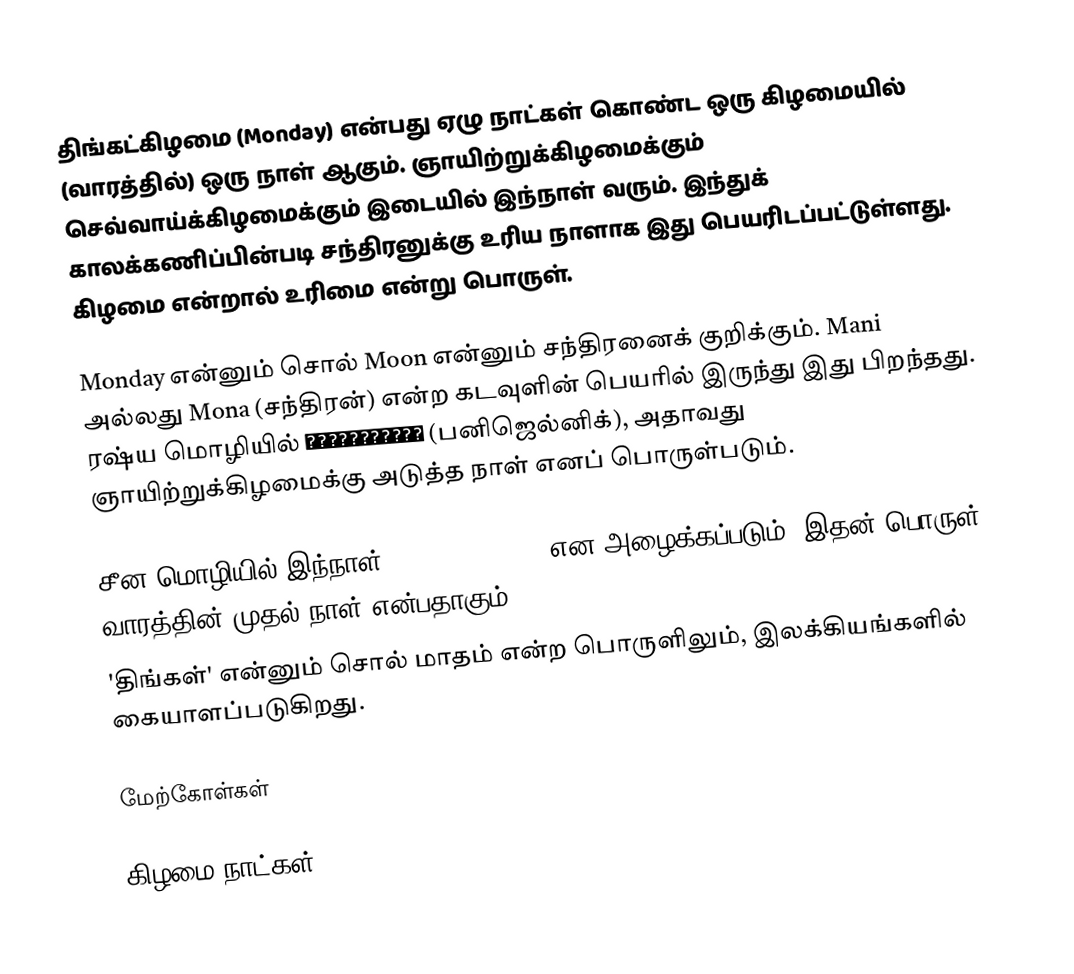
திங்கட்கிழமை (Monday) என்பது ஏழு நாட்கள் கொண்ட ஒரு கிழமையில் (வாரத்தில்) ஒரு நாள் ஆகும். ஞாயிற்றுக்கிழமைக்கும் செவ்வாய்க்கிழமைக்கும் இடையில் இந்நாள் வரும். இந்துக் காலக்கணிப்பின்படி சந்திரனுக்கு உரிய நாளாக இது பெயரிடப்பட்டுள்ளது. கிழமை என்றால் உரிமை என்று பொருள்.

 Monday என்னும் சொல் Moon என்னும் சந்திரனைக் குறிக்கும். Mani அல்லது Mona (சந்திரன்) என்ற கடவுளின் பெயரில் இருந்து இது பிறந்தது. ரஷ்ய மொழியில் понедельник (பனிஜெல்னிக்), அதாவது ஞாயிற்றுக்கிழமைக்கு அடுத்த நாள் எனப் பொருள்படும்.

 சீன மொழியில் இந்நாள் xingqi yi (星期一) என அழைக்கப்படும். இதன் பொருள் வாரத்தின் முதல் நாள் என்பதாகும்.
 'திங்கள்' என்னும் சொல் மாதம் என்ற பொருளிலும், இலக்கியங்களில் கையாளப்படுகிறது.

மேற்கோள்கள்

கிழமை நாட்கள்